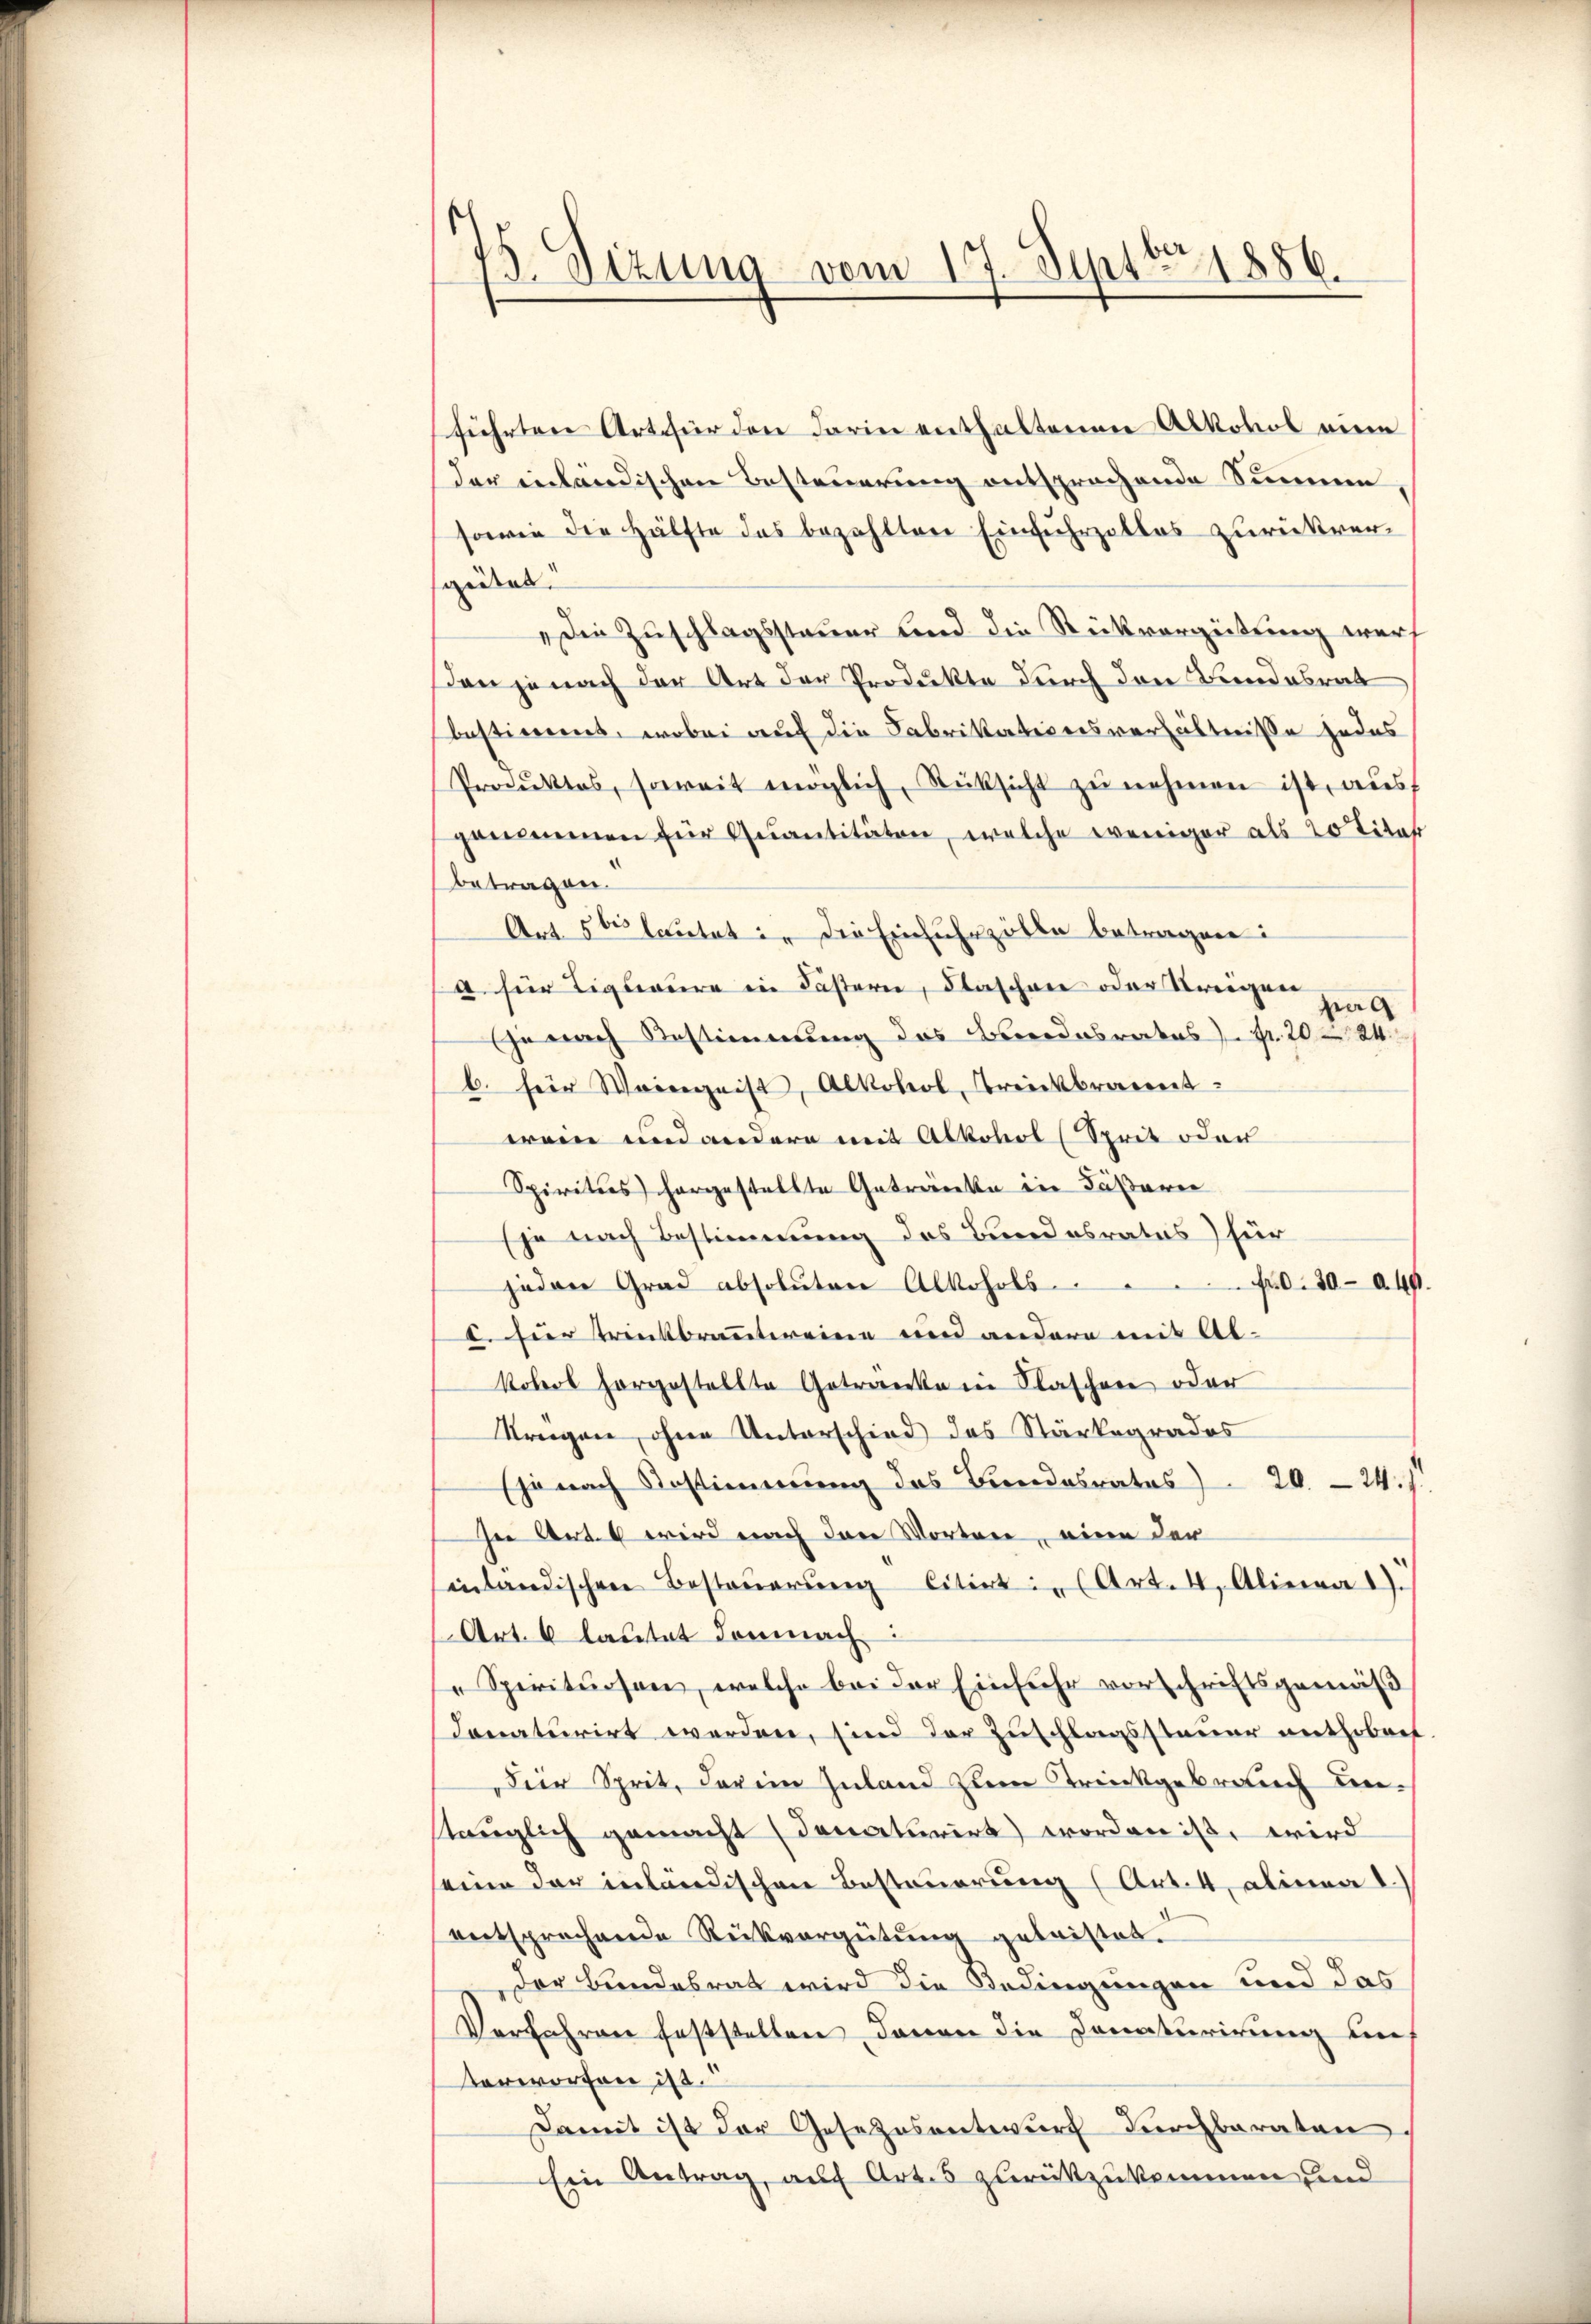
15. Sizung vom 10. Septbr 1886.

führten Art für den darin enthaltenen Alkohol eine
der inländischen Besteuerung entsprochende Summen
sowie die Hälfte des bezahlten Einfuhrzollos zurückvergital.
„Die Zuschlagssteuer sind die Rückvergütung wurf
Don je nach der Art der Produkte durch den Bundesrat
bestimmt, wobei auf die Fabrikationsverhältnisse jedes
Produktes, soweit möglich, Rüksicht zŭ nehmen ist, ausf
genommen für Quantitäten, welche weniger als 20 Titar
betragen.
Art. 50 lautet in die Einfuhrzölle betragen:
a. für Tigueure in Fastern, Flaschen oder Streigen
vag
je nach Bestimmung des Bundesrates) Fr. 2024
b. für Weingeist, Alkohol, breickbrannt.
wein und andere mit Alkohol (Sprit oder
Spirituos hergestellte Getränke in Läßaren
(je nach Bestimmung des Bundesratus) für
jeden Grad absoluten Alkohols 70. 30-49.
. Hier Treikbranntereine und andere mit Ab-
kohol horgestellte Getränke in Flaschen oder
Kragen, ohne Unterschied des Stärkegrades
(je nach Bestimmung des Bundesrates 20. 24.1.
In Art. 6 wird nach den Worten, eine der
inländischen Besteŭerŭng Citirt in Art. 4. Alinea 2.
Art. 6 lautet demnach
Spirituosen, welche bei der Einfuhr vorschriftsgemäß
donaturirt werden, sind der Zuschlagssteuer anthobert
dier Sprit, darin Inland zum Trückgebrauch unstauglich gemacht donaturirt worden ist, wird
eine der inländischen Besteuerung (Art. 4, Alinea 1.)
entsprochende Rückvergütung geleistet.
der Bundesrat wird die Bedingungen und das
Verfahren feststellen, denen die Donaturirung den
terworfen ist.
Damit ist der Gesetzesentwurf durchbaraten
Ein Antrag, auf Art. 5 zurückzukommen, und